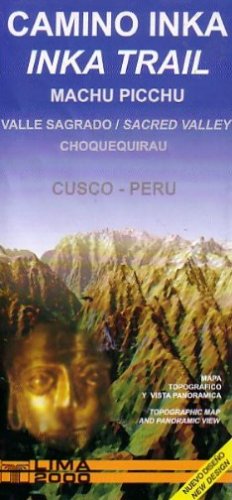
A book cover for Inka Trail-Sacred Valley Map by Lima 2000; Lima 2000; History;